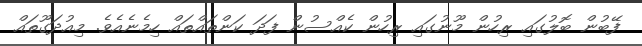
ފޭބުން ބޮލުގައި ރިހުން މޫނުގައި ރިހުން ކެއްސުން ފަދަ ކަންތައްތައް ހިމެނެއެވެ. މިއުދަގޫތައް